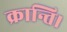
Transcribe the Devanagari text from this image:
क्रान्ति।